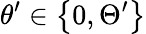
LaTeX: \theta^{\prime}\in\left\{ 0,\Theta^{\prime}\right\}